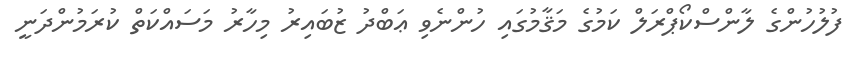
ފުލުހުންގެ ލާންސްކޯޕްރަލް ކަމުގެ މަޤާމުގައި ހުންނެވި ޢަބްދު ޒުބައިރު މިހާރު މަސައްކަތް ކުރަމުންދަނީ